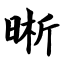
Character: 晰